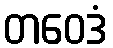
တဝေဒံ